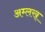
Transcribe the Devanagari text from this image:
अम्लख्